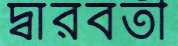
দ্বারবতী